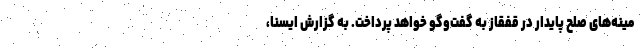
مینه‌های صلح پایدار در قفقاز به گفت‌وگو خواهد پرداخت. به گزارش ایسنا،